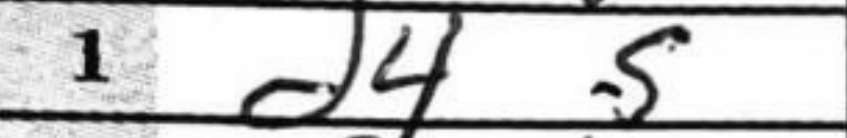
Transcription: d4